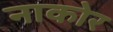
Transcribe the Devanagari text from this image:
नाकोर